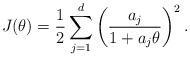
LaTeX: \begin{align*}J(\theta)=\frac{1}{2}\sum_{j=1}^d\left(\frac{a_j}{1+a_j\theta}\right)^2.\end{align*}